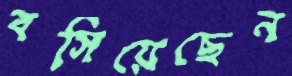
বসিয়েছেন